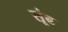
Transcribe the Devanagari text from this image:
सूंढ